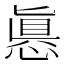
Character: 㥲